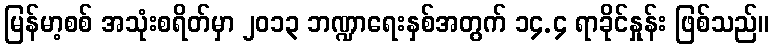
မြန်မာ့စစ် အသုံးစရိတ်မှာ ၂၀၁၃ ဘဏ္ဍာရေးနှစ်အတွက် ၁၄.၄ ရာခိုင်နှုန်း ဖြစ်သည်။